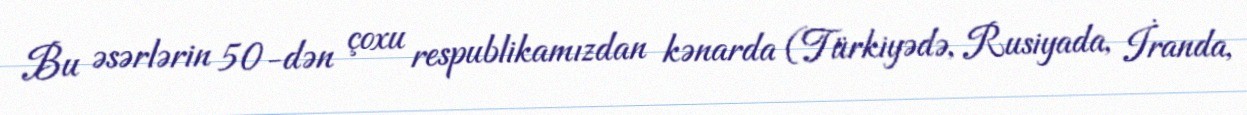
Bu əsərlərin 50-dən çoxu respublikamızdan kənarda (Türkiyədə, Rusiyada, İranda,